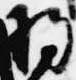
将